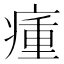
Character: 瘇